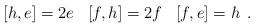
LaTeX: \begin{align*}\begin{array}{ccc}[h,e]=2 e & [f,h]=2f & [f,e]= h\end{array}.\end{align*}